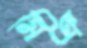
মিঞ